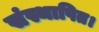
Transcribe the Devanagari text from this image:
संस्थापित।